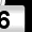
Digit: 6